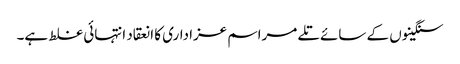
سنگینوں کے سائے تلے مراسم عزاداری کا انعقاد انتہائی غلط ہے۔